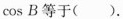
cosB等于( )。